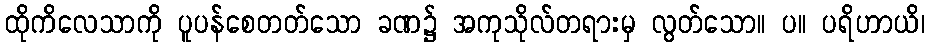
ထိုကိလေသာကို ပူပန်စေတတ်သော ခဏ၌ အကုသိုလ်တရားမှ လွတ်သော။ ပ။ ပရိဟာယိ၊